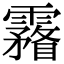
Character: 霿